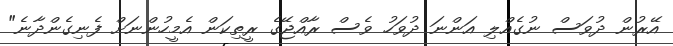
އޭރުން ދުވަސް ނުގެއްލި އަންނަ ދުވަހު ވެސް ރާއްޖޭގެ ރީތިކަން އެމީހުންނަށް ފެނިގެންދާނެ"